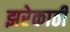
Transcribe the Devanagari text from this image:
झरेकाठी